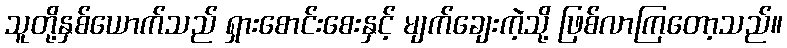
သူတို့နှစ်ယောက်သည် ရှားစောင်းစေးနှင့် မျက်ချေးကဲ့သို့ ဖြစ်လာကြတော့သည်။